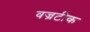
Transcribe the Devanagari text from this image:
वज्रटीक